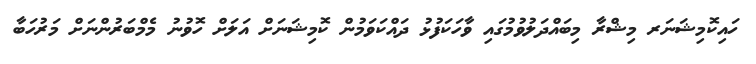
ހައިކޮމިޝަނަރ މިޝްރާ މިބައްދަލުވުމުގައި ވާހަކަފުޅު ދައްކަވަމުން ކޮމިޝަނަށް އަލަށް ހޮވުނު މެމްބަރުންނަށް މަރުހަބާ